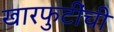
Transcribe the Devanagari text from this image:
खारफुटींची